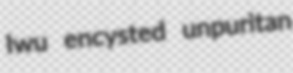
Iwu encysted unpuritan